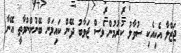
ޖަޒްލާ އެކިއެކި ސުވާލު ކުރުމުން ވެސް ޖަވާބު ދޭން ކައިލަން ބޭނުންނުވާތީ އޭނާ